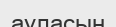
ауласын